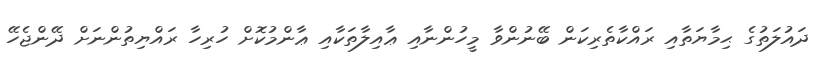
ދައުލަތުގެ ޙިމާޔަތާއި ރައްކާތެރިކަން ބޭނުންވާ މީހުންނާއި ޢާއިލާތަކާއި ޢާންމުކޮށް ހުރިހާ ރައްޔިތުންނަށް ދޭންޖެހޭ